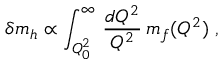
\delta m _ { h } \propto \int _ { Q _ { 0 } ^ { 2 } } ^ { \infty } \, \frac { d Q ^ { 2 } } { Q ^ { 2 } } \, m _ { f } ( Q ^ { 2 } ) \; ,